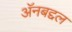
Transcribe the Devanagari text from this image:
अॅनबद्दल